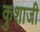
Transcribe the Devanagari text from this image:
कुशाजी